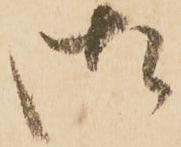
御